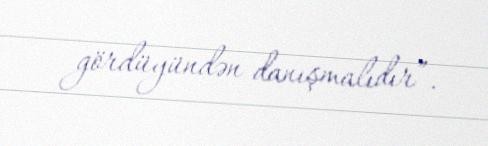
gördüyündən danışmalıdır”.